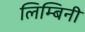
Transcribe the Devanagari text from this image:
लिम्बिनी